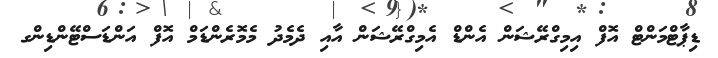
ޑިޕާޓްމަންޓް އޮފް އިމިގްރޭޝަން އެންޑް އެމިގްރޭޝަން އާއި ދެމެދު މެމޮރެންޑަމް އޮފް އަންޑަސްޓޭންޑިންގ